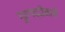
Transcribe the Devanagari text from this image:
गुरगद्दीनशीं